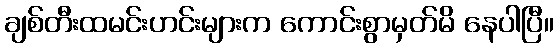
ချစ်တီးထမင်းဟင်းများက ကောင်းစွာမှတ်မိ နေပါပြီ။